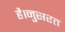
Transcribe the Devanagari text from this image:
है।नुसरत